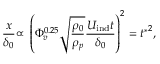
\frac { x } { \delta _ { 0 } } { \displaystyle \propto } ~ \left( \Phi _ { v } ^ { 0 . 2 5 } \sqrt { \frac { \rho _ { 0 } } { \rho _ { p } } } \frac { U _ { \mathrm { i n d } } t } { \delta _ { 0 } } \right) ^ { 2 } = { t ^ { * } } ^ { 2 } ,